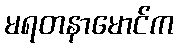
မရတနာမောင်က